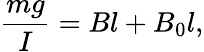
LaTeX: \frac{mg}{I}=Bl+B_{0}l,